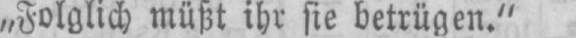
„Folglich müßt ihr sie betrügen.“